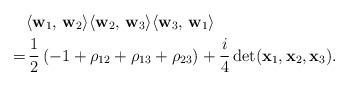
LaTeX: \begin{align*} & \langle \mathbf{w}_1 ,\, \mathbf{w}_2 \rangle \langle \mathbf{w}_2 ,\, \mathbf{w}_3 \rangle \langle \mathbf{w}_3 ,\, \mathbf{w}_1 \rangle \\= & \, \frac{1}{2} \left(-1 + \rho_{12} + \rho_{13} + \rho_{23}\right) + \frac{i}{4} \det(\mathbf{x}_1, \mathbf{x}_2, \mathbf{x}_3). \end{align*}